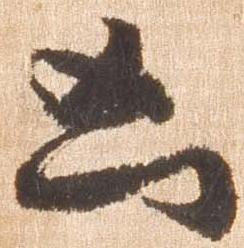
凶